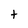
Character: t